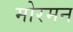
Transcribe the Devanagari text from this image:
मोरमन